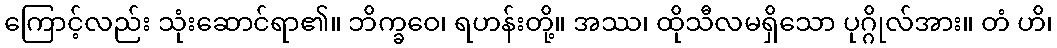
ကြောင့်လည်း သုံးဆောင်ရာ၏။ ဘိက္ခဝေ၊ ရဟန်းတို့။ အဿ၊ ထိုသီလမရှိသော ပုဂ္ဂိုလ်အား။ တံ ဟိ၊